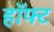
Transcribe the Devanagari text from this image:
हॉफ्ट